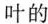
叶的